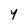
Character: Y